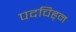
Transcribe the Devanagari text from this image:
पदचिह्‌न